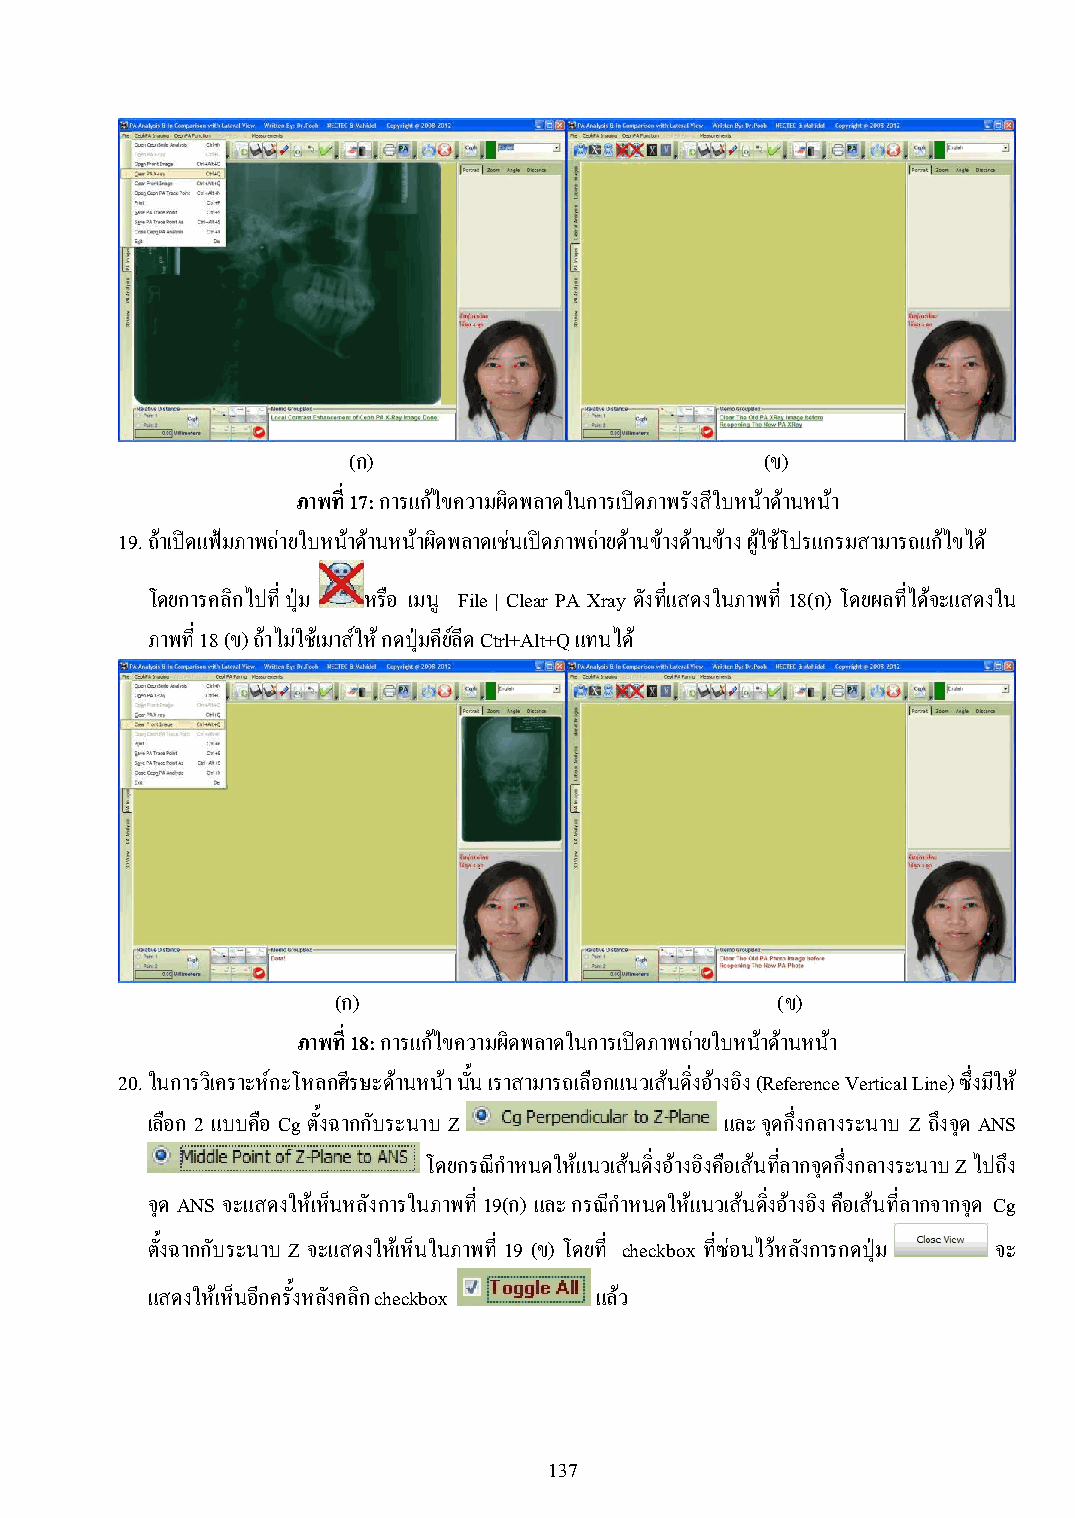
(ก)                         (ข)
 ภาพที่ 17: การแก้ไขความผิดพลาดในการเปิดภาพรังสีใบหน้าด้านหน้า
 19. ถ้าเปิดแฟ้มภาพถ่ายใบหน้าด้านหน้าผิดพลาดเช่นเปิดภาพถ่ายด้านข้างด้านข้าง ผู้ใช้โปรแกรมสามารถแก้ไขได้
 โดยการคลิกไปที่ ปุ่ม หรือ เมนู File | Clear PA Xray ดังที่แสดงในภาพที่ 18(ก) โดยผลที่ได้จะแสดงใน
 ภาพที่ 18 (ข) ถ้าไม่ใช้เมาส์ให้ กดปุ่มคีย์ลีด Ctrl+Alt+Q แทนได้
 (ก)                          (ข)
 ภาพที่ 18: การแก้ไขความผิดพลาดในการเปิดภาพถ่ายใบหน้าด้านหน้า
 20. ในการวิเคราะห์กะโหลกศีรษะด้านหน้า นั้น เราสามารถเลือกแนวเส้นดิ่งอ้างอิง (Reference Vertical Line) ซึ่งมีให้
 เลือก 2 แบบคือ Cg ตั้งฉากกับระนาบ Z   และ จุดกึ่งกลางระนาบ Z ถึงจุด ANS
 โดยกรณีก าหนดให้แนวเส้นดิ่งอ้างอิงคือเส้นที่ลากจุดกึ่งกลางระนาบ Z ไปถึง
 จุด ANS จะแสดงให้เห็นหลังการในภาพที่ 19(ก) และ กรณีก าหนดให้แนวเส้นดิ่งอ้างอิง คือเส้นที่ลากจากจุด Cg
 ตั้งฉากกับระนาบ Z จะแสดงให้เห็นในภาพที่ 19 (ข) โดยที่ checkbox ที่ซ่อนไว้หลังการกดปุ่ม จะ
 แสดงให้เห็นอีกครั้งหลังคลิก checkbox แล้ว
 137